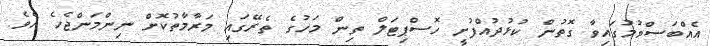
އެއްބަސްވުމުގައިވާ ގޮތުން ކުޅުދުއްފުށީ ހޮސްޕިޓަލް ތިން މަހުގެ ތެރޭގައި މަރާމާތުކޮށް ނިންމަންޖެހެ އެވެ.